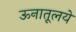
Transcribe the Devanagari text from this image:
ऊनातूलये